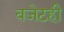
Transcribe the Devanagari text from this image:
बजेटही